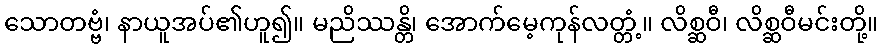
သောတဗ္ဗံ၊ နာယူအပ်၏ဟူ၍။ မညိဿန္တိ၊ အောက်မေ့ကုန်လတ္တံ့။ လိစ္ဆဝီ၊ လိစ္ဆဝီမင်းတို့။